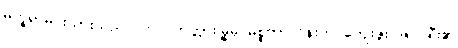
မက္ခရာမင်းသားသည် ကာလကတ္တားမြို့မှ မစ္စတာလိန်းက ကျေးဇူးပြု၍၊ ရီး၏